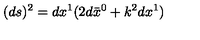
( d s ) ^ { 2 } = d x ^ { 1 } ( 2 d \bar { x } ^ { 0 } + k ^ { 2 } d x ^ { 1 } )